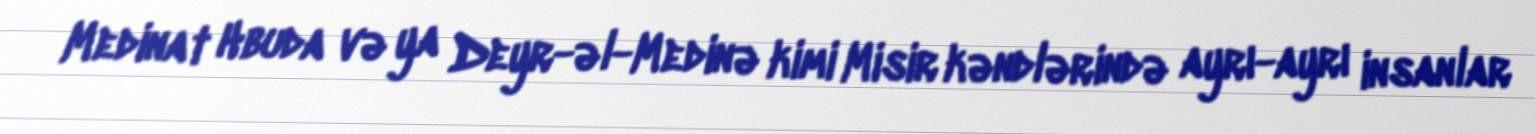
Medinat Hbuda və ya Deyr-əl-Medinə kimi Misir kəndlərində ayrı-ayrı insanlar